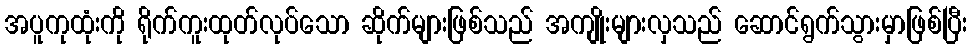
အပူကုထုံးကို ရိုက်ကူးထုတ်လုပ်သော ဆိုက်များဖြစ်သည် အကျိုးများလှသည် ဆောင်ရွက်သွားမှာဖြစ်ပြီး